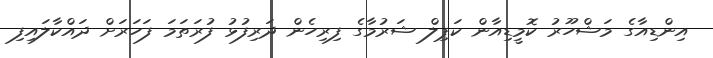
އިންޑިއާގެ މަޝްހޫރު ކޮމީޑިއާން ކަޕިލް ޝަރުމާގެ ފިރިހެން ދަރިފުޅު ފުރަތަމަ ފަހަރަށް ދައްކާލައިފި